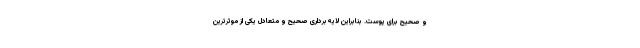
و صحیح برای پوست. بنابراین لایه‌برداری صحیح و متعادل یکی از موثرترین